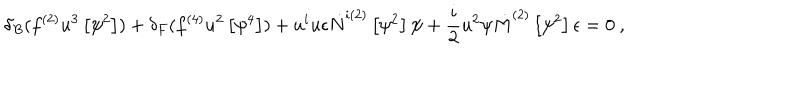
\delta _ { B } ( f ^ { ( 2 ) } u ^ { 3 } \left[ \psi ^ { 2 } \right] ) + \delta _ { F } ( f ^ { ( 4 ) } u ^ { 2 } \left[ \psi ^ { 4 } \right] ) + u ^ { i } u \epsilon \dot { N } ^ { i ( 2 ) } \left[ \psi ^ { 2 } \right] \psi + \frac { i } { 2 } u ^ { 2 } \psi \dot { M } ^ { ( 2 ) } \left[ \psi ^ { 2 } \right] \epsilon = 0 ~ ,